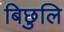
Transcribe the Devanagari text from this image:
बिछुलि